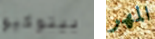
بينوكيو المهر